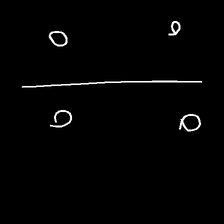
Glyph: cool